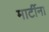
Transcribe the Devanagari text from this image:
मार्टीना